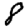
Digit: 8